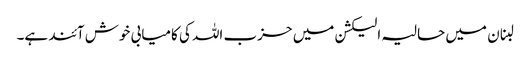
لبنان میں حالیہ الیکشن میں حزب اللہ کی کامیابی خوش آئند ہے۔